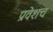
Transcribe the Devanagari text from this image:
प्रवेशच